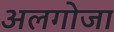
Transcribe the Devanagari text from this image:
अलगोजा